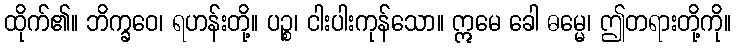
ထိုက်၏။ ဘိက္ခဝေ၊ ရဟန်းတို့။ ပဉ္စ၊ ငါးပါးကုန်သော။ ဣမေ ခေါ ဓမ္မေ၊ ဤတရားတို့ကို။